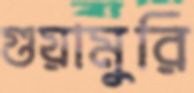
গুয়ামুরি